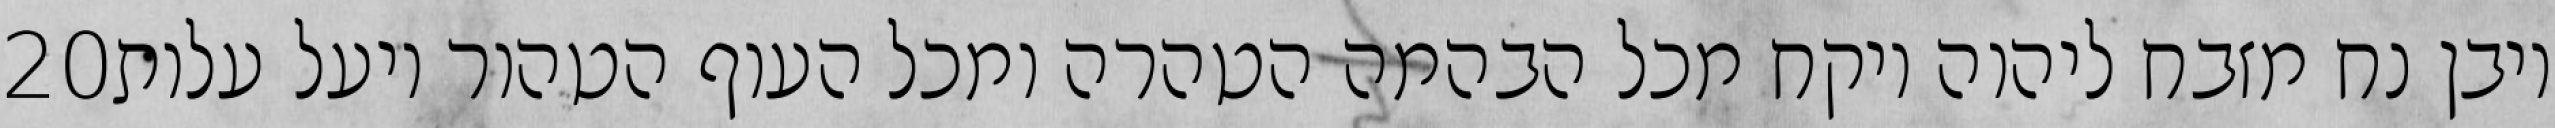
‎20‏ ויבן נח מזבח ליהוה ויקח מכל הבהמה הטהרה ומכל העוף הטהור ויעל עלות